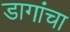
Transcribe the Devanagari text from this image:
डागांचा